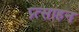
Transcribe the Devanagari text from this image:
प्र्त्साहन